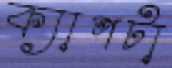
ক্যাপটা